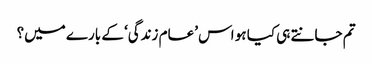
تم جانتے ہی کیا ہو اس ’عام زندگی‘ کے بارے میں؟